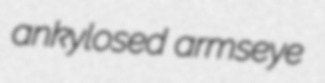
ankylosed armseye